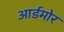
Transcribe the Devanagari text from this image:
आर्डमोर